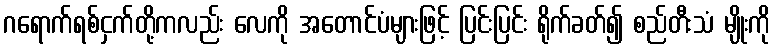
ဂရောက်ရစ်ငှက်တို့ကလည်း လေကို အတောင်ပံများဖြင့် ပြင်းပြင်း ရိုက်ခတ်၍ စည်တီးသံ မျိုးကို